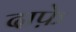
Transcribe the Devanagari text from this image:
दाफ़े